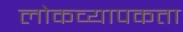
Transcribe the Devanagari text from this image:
लोकव्यापकता